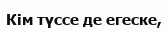
Кім түссе де егеске,